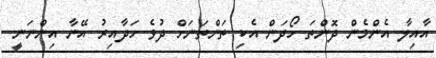
އާއިލާ އެންމެން ދޮންތަ ހޯދަން އެކި ތަންތަނަށް ދުވެ ހަދާއިރު އޭނާ އިންނަނީ